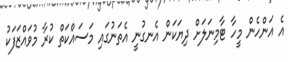
އެ އަންހެން މީހާ ޓާމިނަލަށް ދިޔަކަން އެނގުނީ އެތަނުގައި މަސައްކަތް ކުރާ މުވައްޒަފަކު